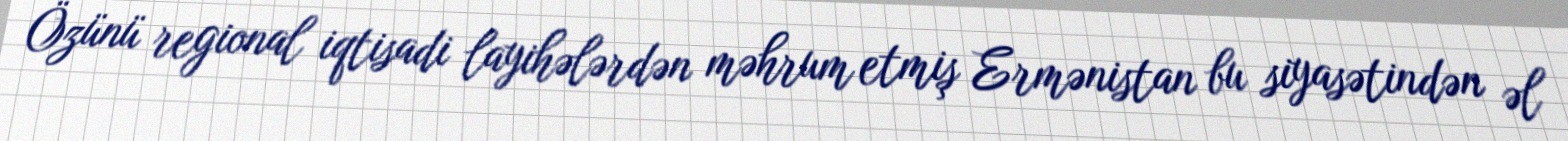
Özünü regional iqtisadi layihələrdən məhrum etmiş Ermənistan bu siyasətindən əl